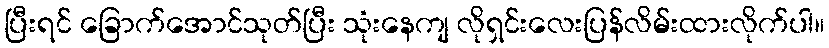
ပြီးရင် ခြောက်အောင်သုတ်ပြီး သုံးနေကျ လိုရှင်းလေးပြန်လိမ်းထားလိုက်ပါ။